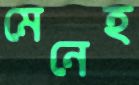
মেনেহ